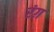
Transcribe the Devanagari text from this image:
रंग़